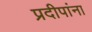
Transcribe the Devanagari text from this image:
प्रदीपांना